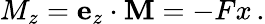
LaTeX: M_{z}=\mathbf{e}_{z}\cdot\mathbf{M}=-Fx\, .